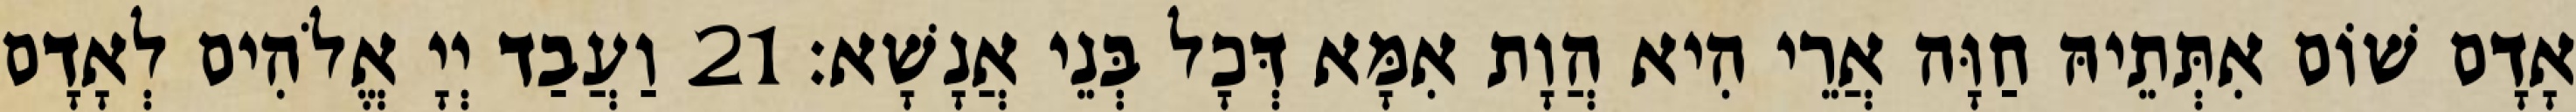
אָדָם שׁוֹם אִתְּתֵיהּ חַוָּה אֲרֵי הִיא הֲוָת אִמָּא דְּכָל בְּנֵי אֲנָשָׁא׃ 21 וַעֲבַד יְיָ אֱלֹהִים לְאָדָם